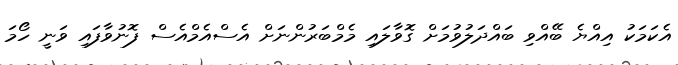
އެކަމަކު އިއްޔެ ބޭއްވި ބައްދަލުވުމަށް ގޮވާލައި މެމްބަރުންނަށް އެސްއެމްއެސް ފޮނުވާފައި ވަނީ ހޯމަ